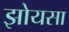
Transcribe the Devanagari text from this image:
झोयसा